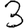
Digit: 3